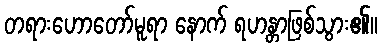
တရားဟောတော်မူရာ နောက် ရဟန္တာဖြစ်သွား၏။